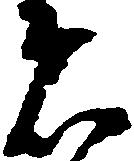
者